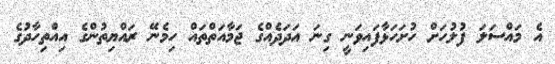
އެ މައްސަލަ ފުލުހަށް ހުށަހަޅާފައިވަނީ ގިނަ އަދަދެއްގެ ޖަމާއަތްތައް ހިމެނޭ ރައްޔިތުންގެ އިއްތިހާދުގެ